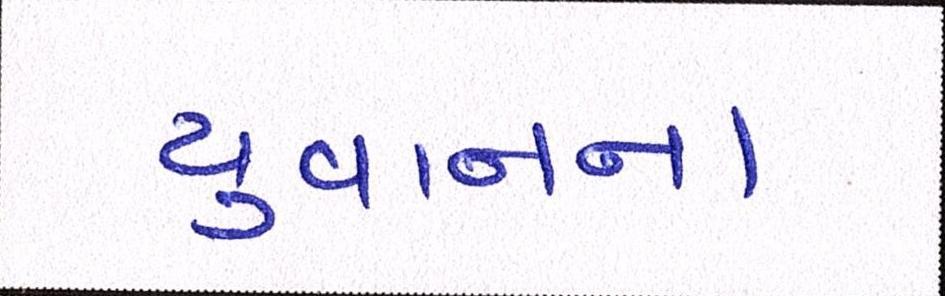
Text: યુવાનના